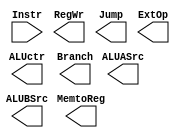
module ctrl (
    input [9:0] Instr,
    output wire RegWr,
    output wire ALUASrc,
    output wire [1:0] ALUBSrc,
    output wire [3:0] ALUctr,
    output wire Jump,
    output wire Branch,
    output wire MemtoReg,
    output wire [2:0] ExtOp
);
    reg [13:0] ctrl_sig;

    always @ (*) begin
        case (Instr)


        endcase
    end

    assign RegWr = ctrl_sig[13];
    assign ALUASrc = ctrl_sig[12];
    assign ALUBSrc = ctrl_sig[11:10];
    assign ALUctr = ctrl_sig[9:6];
    assign Jump = ctrl_sig[5];
    assign Branch = ctrl_sig[4];
    assign MemtoReg = ctrl_sig[3];
    assign ExtOp = ctrl_sig[2:0];

endmodule